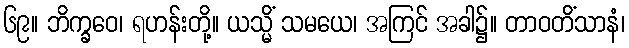
၆၉။ ဘိက္ခဝေ၊ ရဟန်းတို့။ ယသ္မိံ သမယေ၊ အကြင် အခါ၌။ တာဝတိံသာနံ၊